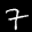
Label: 7